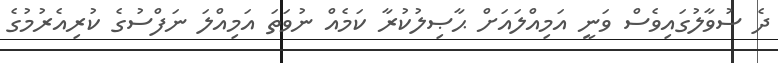
ދެ ސުވާލުގައިވެސް ވަނީ އަމިއްލައަށް ޙާޞިލުކުރާ ކަމެއް ނުވަތަ އަމިއްލަ ނަފްސުގެ ކުރިއެރުމުގެ